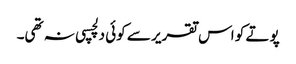
پوتے کو اس تقریر سے کوئی دلچسپی نہ تھی۔